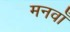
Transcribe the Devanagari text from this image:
मनवाँ